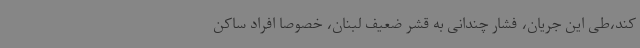
کند،طی این جریان، فشار چندانی به قشر ضعیف لبنان، خصوصا افراد ساکن